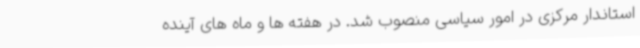
استاندار مرکزی در امور سیاسی منصوب شد. در هفته ها و ماه های آینده